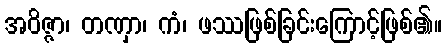
အဝိဇ္ဇာ၊ တဏှာ၊ ကံ၊ ဖဿဖြစ်ခြင်းကြောင့်ဖြစ်၏။